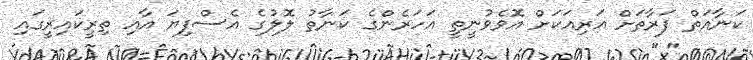
ކަނާއަތް ފަރާތަށް އަރިއަކަށް އޮވެވުނީތީ އަހަރެންގެ ކަނާތު ލޮލުގެ އެސްފިޔަ އާއި ތިރީކައިރީގައި